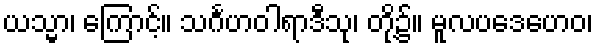
ယသ္မာ၊ ကြောင့်။ သင်္ဂဟဝါရာဒီသု၊ တို့၌။ မူလပဒေဟေဝ၊